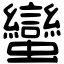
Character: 蠻